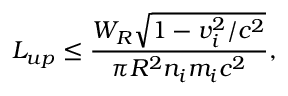
L _ { u p } \le \frac { W _ { R } \sqrt { 1 - v _ { i } ^ { 2 } / c ^ { 2 } } } { \pi R ^ { 2 } n _ { i } m _ { i } c ^ { 2 } } ,